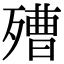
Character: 𣩒